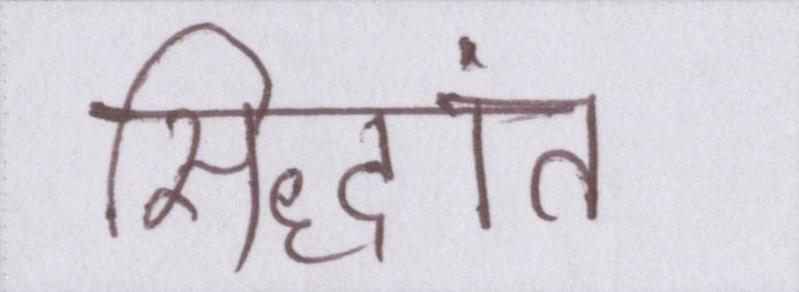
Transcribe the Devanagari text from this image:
सिद्धांत